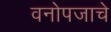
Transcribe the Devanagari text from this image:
वनोपजाचे